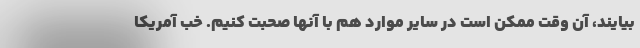
بیایند، آن وقت ممکن است در سایر موارد هم با آنها صحبت کنیم. خب آمریکا